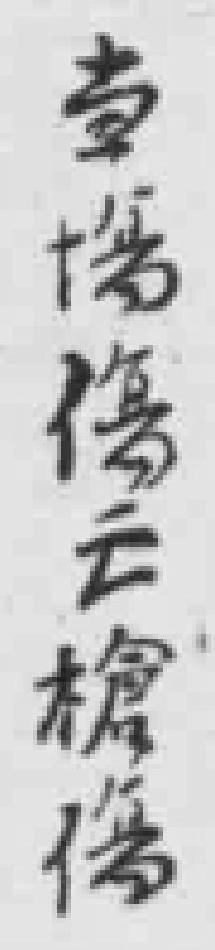
当場傷亡槍傷